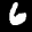
Label: 6